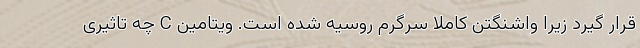
قرار گیرد زیرا واشنگتن کاملا سرگرم روسیه شده است. ویتامین C چه تاثیری